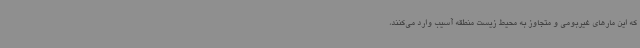
که این مارهای غیربومی و متجاوز به محیط زیست منطقه آسیب وارد می‌کنند،